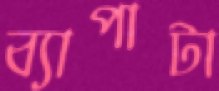
ব্যাপাটা